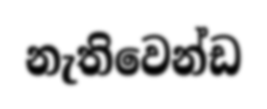
නැතිවෙන්ඩ